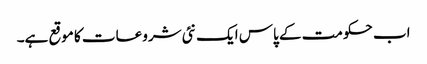
اب حکومت کے پاس ایک نئی شروعات کا موقع ہے۔